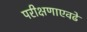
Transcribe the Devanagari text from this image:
परीक्षणाएवढे